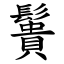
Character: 䰎